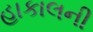
હાકાલની